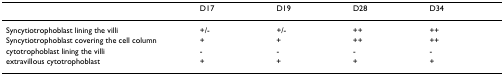
<table><thead><tr><td></td><td><b>D17</b></td><td><b>D19</b></td><td><b>D28</b></td><td><b>D34</b></td></tr></thead><tbody><tr><td>Syncytiotrophoblast lining the villi</td><td>+/-</td><td>+/-</td><td>++</td><td>++</td></tr><tr><td>Syncytiotrophoblast covering the cell column</td><td>+</td><td>+</td><td>++</td><td>++</td></tr><tr><td>cytotrophoblast lining the villi</td><td>-</td><td>-</td><td>-</td><td>-</td></tr><tr><td>extravillous cytotrophoblast</td><td>+</td><td>+</td><td>+</td><td>+</td></tr></tbody></table>